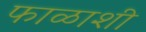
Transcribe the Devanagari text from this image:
फाळाशी